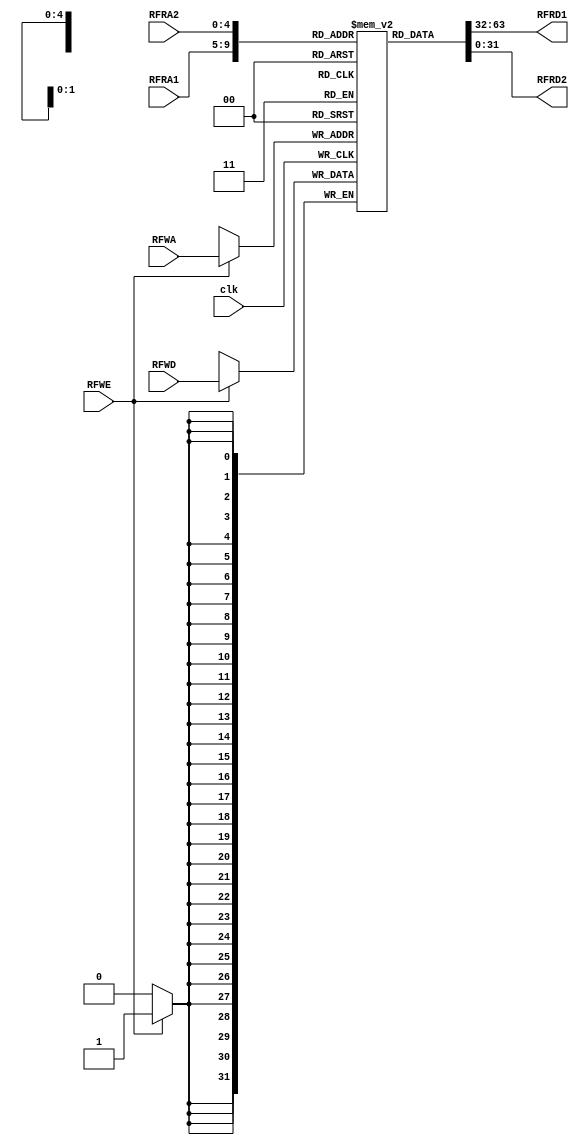
`timescale 1ns / 1ps
//////////////////////////////////////////////////////////////////////////////////
// Company: 
// Engineer: 
// 
// Design Name: 
// Module Name: RegisterFile
// Project Name: 
// Target Devices: 
// Tool Versions: 
// Description: 
// 
// Dependencies: 
// 
// Revision:
// Revision 0.01 - File Created
// Additional Comments:
// 
//////////////////////////////////////////////////////////////////////////////////
//RegisterFile #(.sizeVal(32), .sizeAd(5)) RF (.RFWE(RFWEW), .clk(~clk), .RFWD(ResultW), .RFWA(RFAW), .RFRA1(RsD), .RFRA2(RtD),
// .RFRD1(RFOut1), .RFRD2(RFOut2));

module RegisterFile #(parameter sizeVal = 32, sizeAd = 5)(
input RFWE, //write enable
input clk, //clock
input [sizeVal - 1:0] RFWD, //input port w value
input [sizeAd - 1:0] RFWA, //address 
input [sizeAd - 1:0] RFRA1, RFRA2, //input ports w read value
output [sizeVal-1:0] RFRD1, RFRD2 //output ports
 );
 
 reg [sizeVal - 1:0] RAM [0:sizeVal - 1];
 
 //initial $readmemb("RF_Init.mem", RAM);

 initial RAM[0] = 0;

always@(posedge clk)begin
    if(RFWE) begin
    RAM[RFWA] <= RFWD;
    end
end
assign RFRD1 = RAM[RFRA1];
assign RFRD2 = RAM[RFRA2];
endmodule